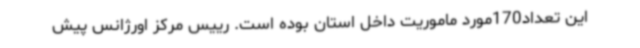
این تعداد170مورد ماموریت داخل استان بوده است. رییس مرکز اورژانس پیش